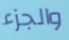
والجزء